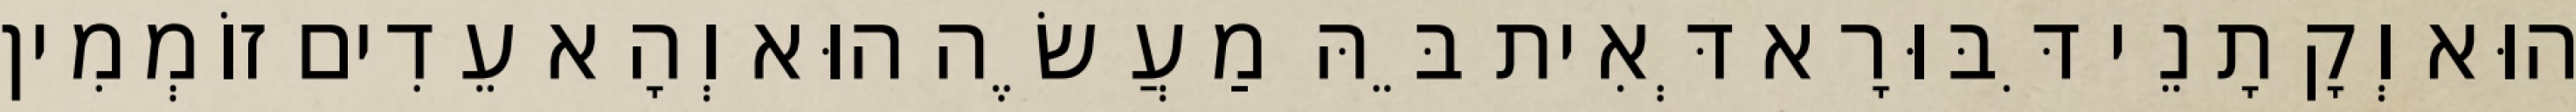
הוּא וְקָתָנֵי דִּבּוּרָא דְּאִית בֵּהּ מַעֲשֶׂה הוּא וְהָא עֵדִים זוֹמְמִין